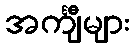
အင်္ကျီများ